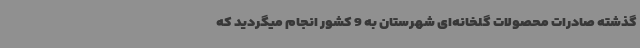
گذشته صادرات محصولات گلخانه‌ای شهرستان به 9 کشور انجام میگردید که